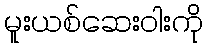
မူးယစ်ဆေးဝါးကို